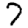
Digit: 7